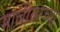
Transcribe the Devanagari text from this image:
माचीवरच्या